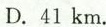
D. 41 km.